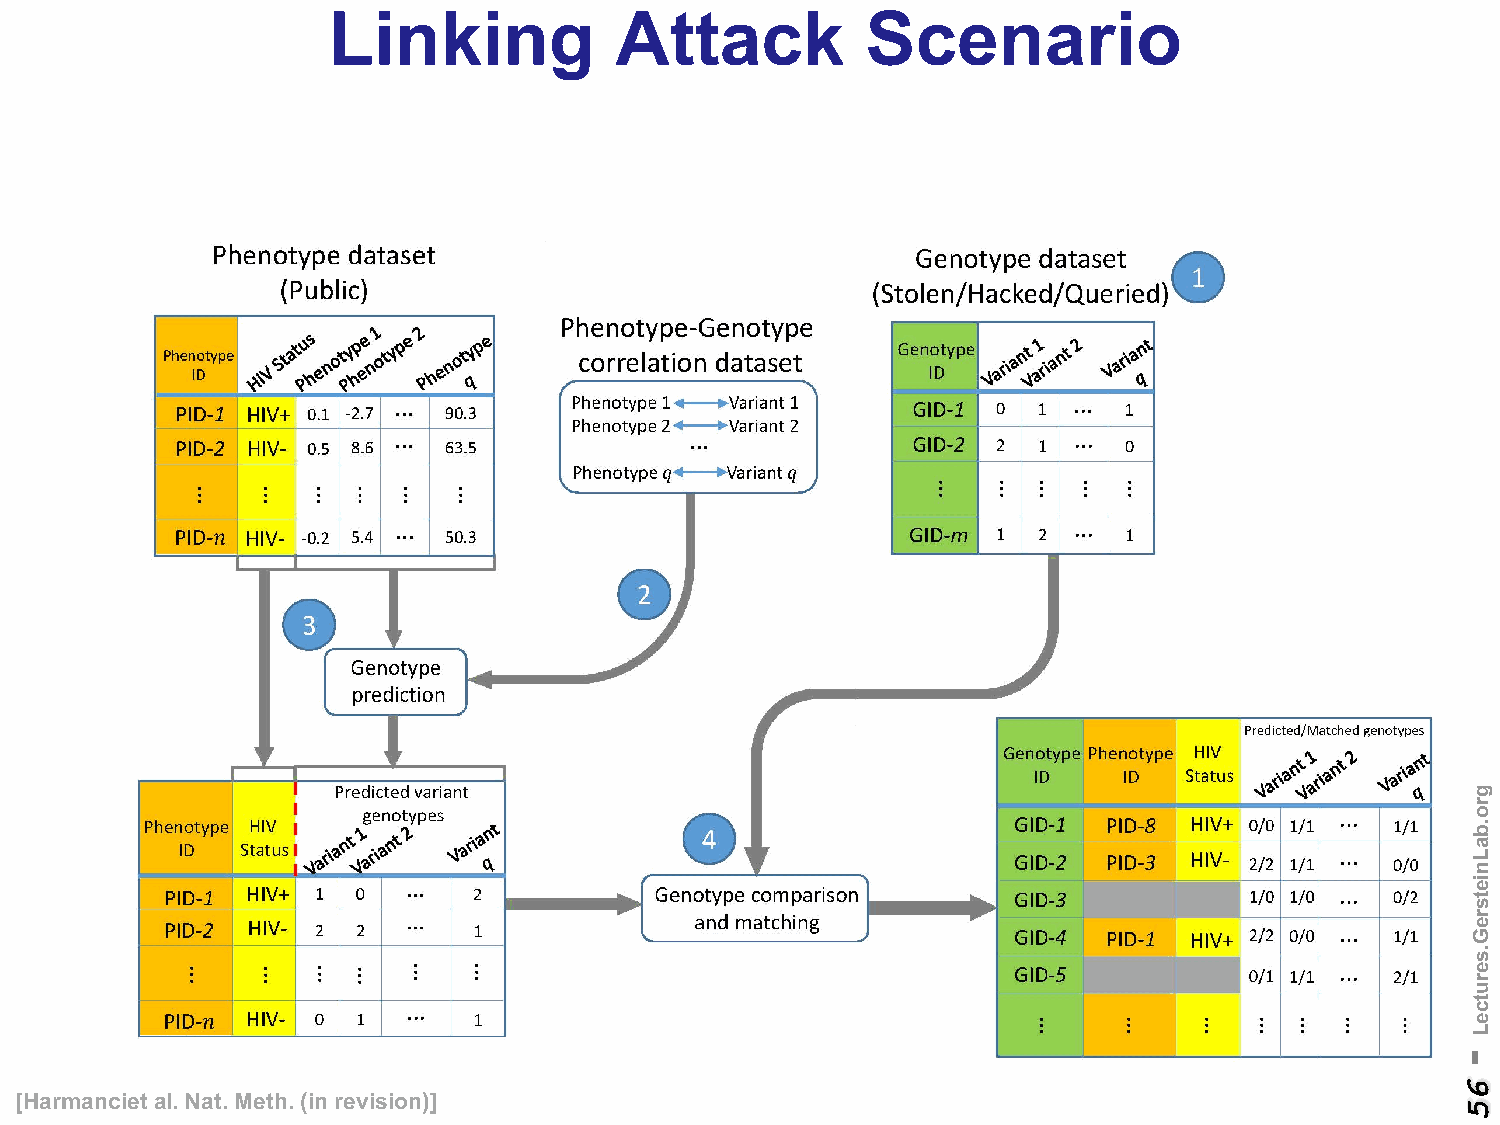
Linking            Attack          Scenario
 [Harmancietal. Nat. Meth. (in revision)]
 -
 65
 gro.baLnietsreG.serutceL